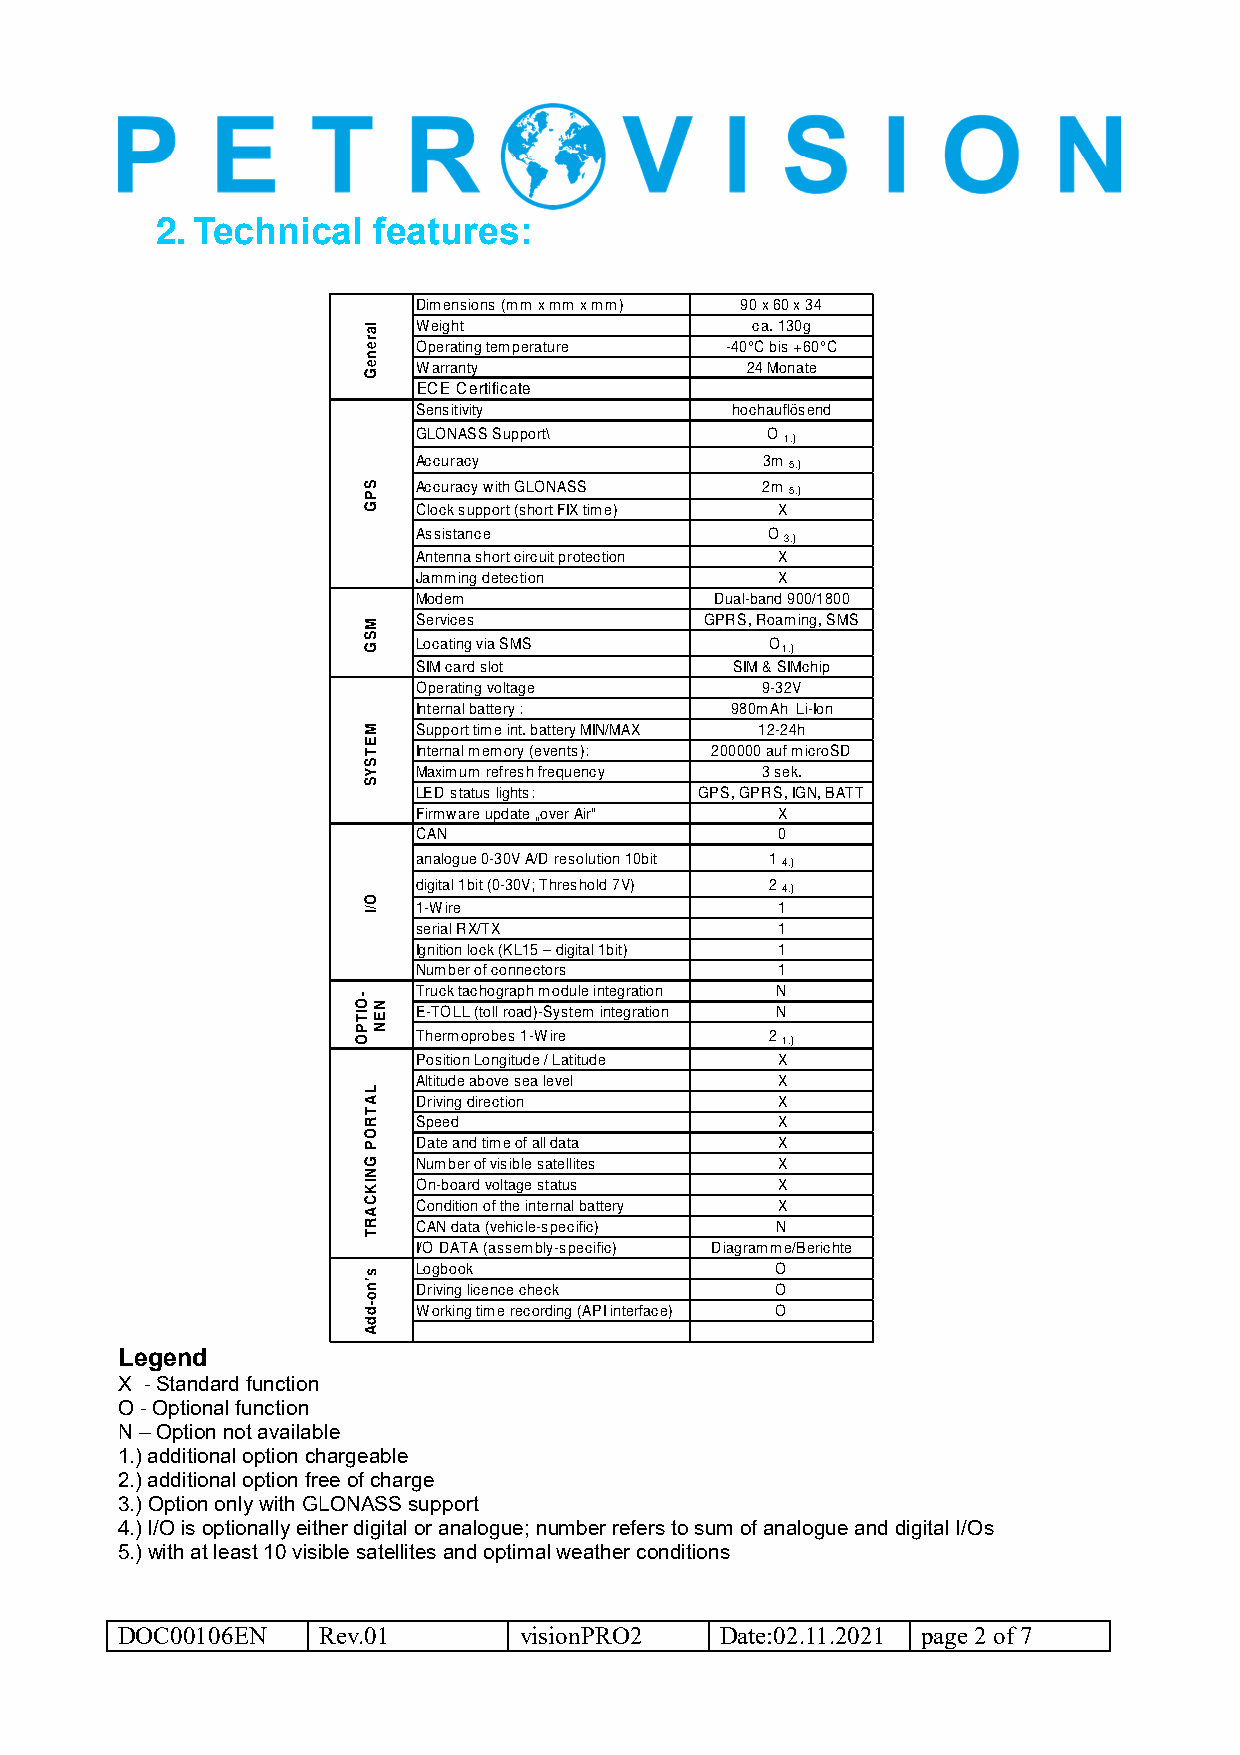
2.
 Technical   features:
 Dimensions (mm x mm x mm) 90 x 60 x 34
 Weight                ca. 130g
 Operating temperature -40°C bis +60°C
 Warranty             24 Monate
 ECE Certificate
 Sensitivity         hochauflösend
 GLONASS Support\       O
 1.)
 Accuracy              3m
 5.)
 Accuracy with GLONASS 2m
 5.)
 Clock support (short FIX time) X
 Assistance             O
 3.)
 Antenna short circuit protection X
 Jamming detection      X
 Modem              Dual-band 900/1800
 Services           GPRS, Roaming, SMS
 Locating via SMS       O
 1.)
 SIM card slot        SIM & SIMchip
 Operating voltage     9-32V
 Internal battery :  980mAh Li-Ion
 Support time int. battery MIN/MAX 12-24h
 Internal memory (events): 200000 auf microSD
 Maximum refresh frequency 3 sek.
 LED status lights: GPS, GPRS, IGN, BATT
 Firmware update „over Air“ X
 CAN                    0
 analogue 0-30V A/D resolution 10bit 1
 4.)
 digital 1bit (0-30V; Threshold 7V) 2
 4.)
 1-Wire                 1
 serial RX/TX           1
 Ignition lock (KL15 – digital 1bit) 1
 Number of connectors   1
 Truck tachograph module integration N
 E-TOLL (toll road)-System integration N
 Thermoprobes 1-Wire    2
 1.)
 Position Longitude / Latitude X
 Altitude above sea level X
 Driving direction      X
 Speed                  X
 Date and time of all data X
 Number of visible satellites X
 On-board voltage status X
 Condition of the internal battery X
 CAN data (vehicle-specific) N
 I/O DATA (assembly-specific) Diagramme/Berichte
 Logbook                O
 Driving licence check  O
 Working time recording (API interface) O
 Legend
 X - Standard function
 O - Optional function
 N – Option not available
 1.) additional option chargeable
 2.) additional option free of charge
 3.) Option only with GLONASS support
 4.) I/O is optionally either digital or analogue; number refers to sum of analogue and digital I/Os
 5.) with at least 10 visible satellites and optimal weather conditions
 DOC00106EN   Rev.01       visionPRO2    Date:02.11.2021 page 2 of 7
 -OITPO
 lareneG
 SPG
 MSG
 METSYS
 O/I
 LATROP
 GNIKCART
 s'no-ddA
 NEN